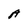
Character: A